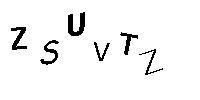
ZSUVTZ